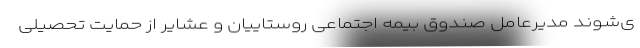
ی‌شوند مدیرعامل صندوق بیمه اجتماعی روستاییان و عشایر از حمایت تحصیلی